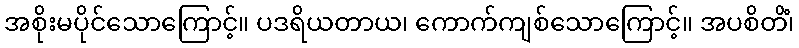
အစိုးမပိုင်သောကြောင့်။ ပဒရိယတာယ၊ ကောက်ကျစ်သောကြောင့်။ အပစိတိံ၊